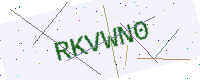
Text: RKVWN0